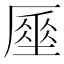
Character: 𠪪